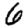
Digit: 6